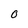
Character: O